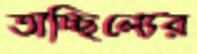
তাচ্ছিল্যের